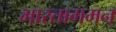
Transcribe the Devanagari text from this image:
भारतागमन